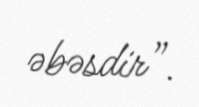
əbəsdir”.